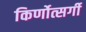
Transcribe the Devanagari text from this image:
किर्णोत्सर्गी